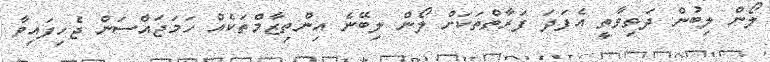
ލޯން ލިބުން ދަތިވާތީ އެފަދަ ފަރާތްތަކަށް ލޯން ލިބޭނެ އިންތިޒާމްތަކެއް ހަމަޖައްސަން ޖެހިފައިވާ